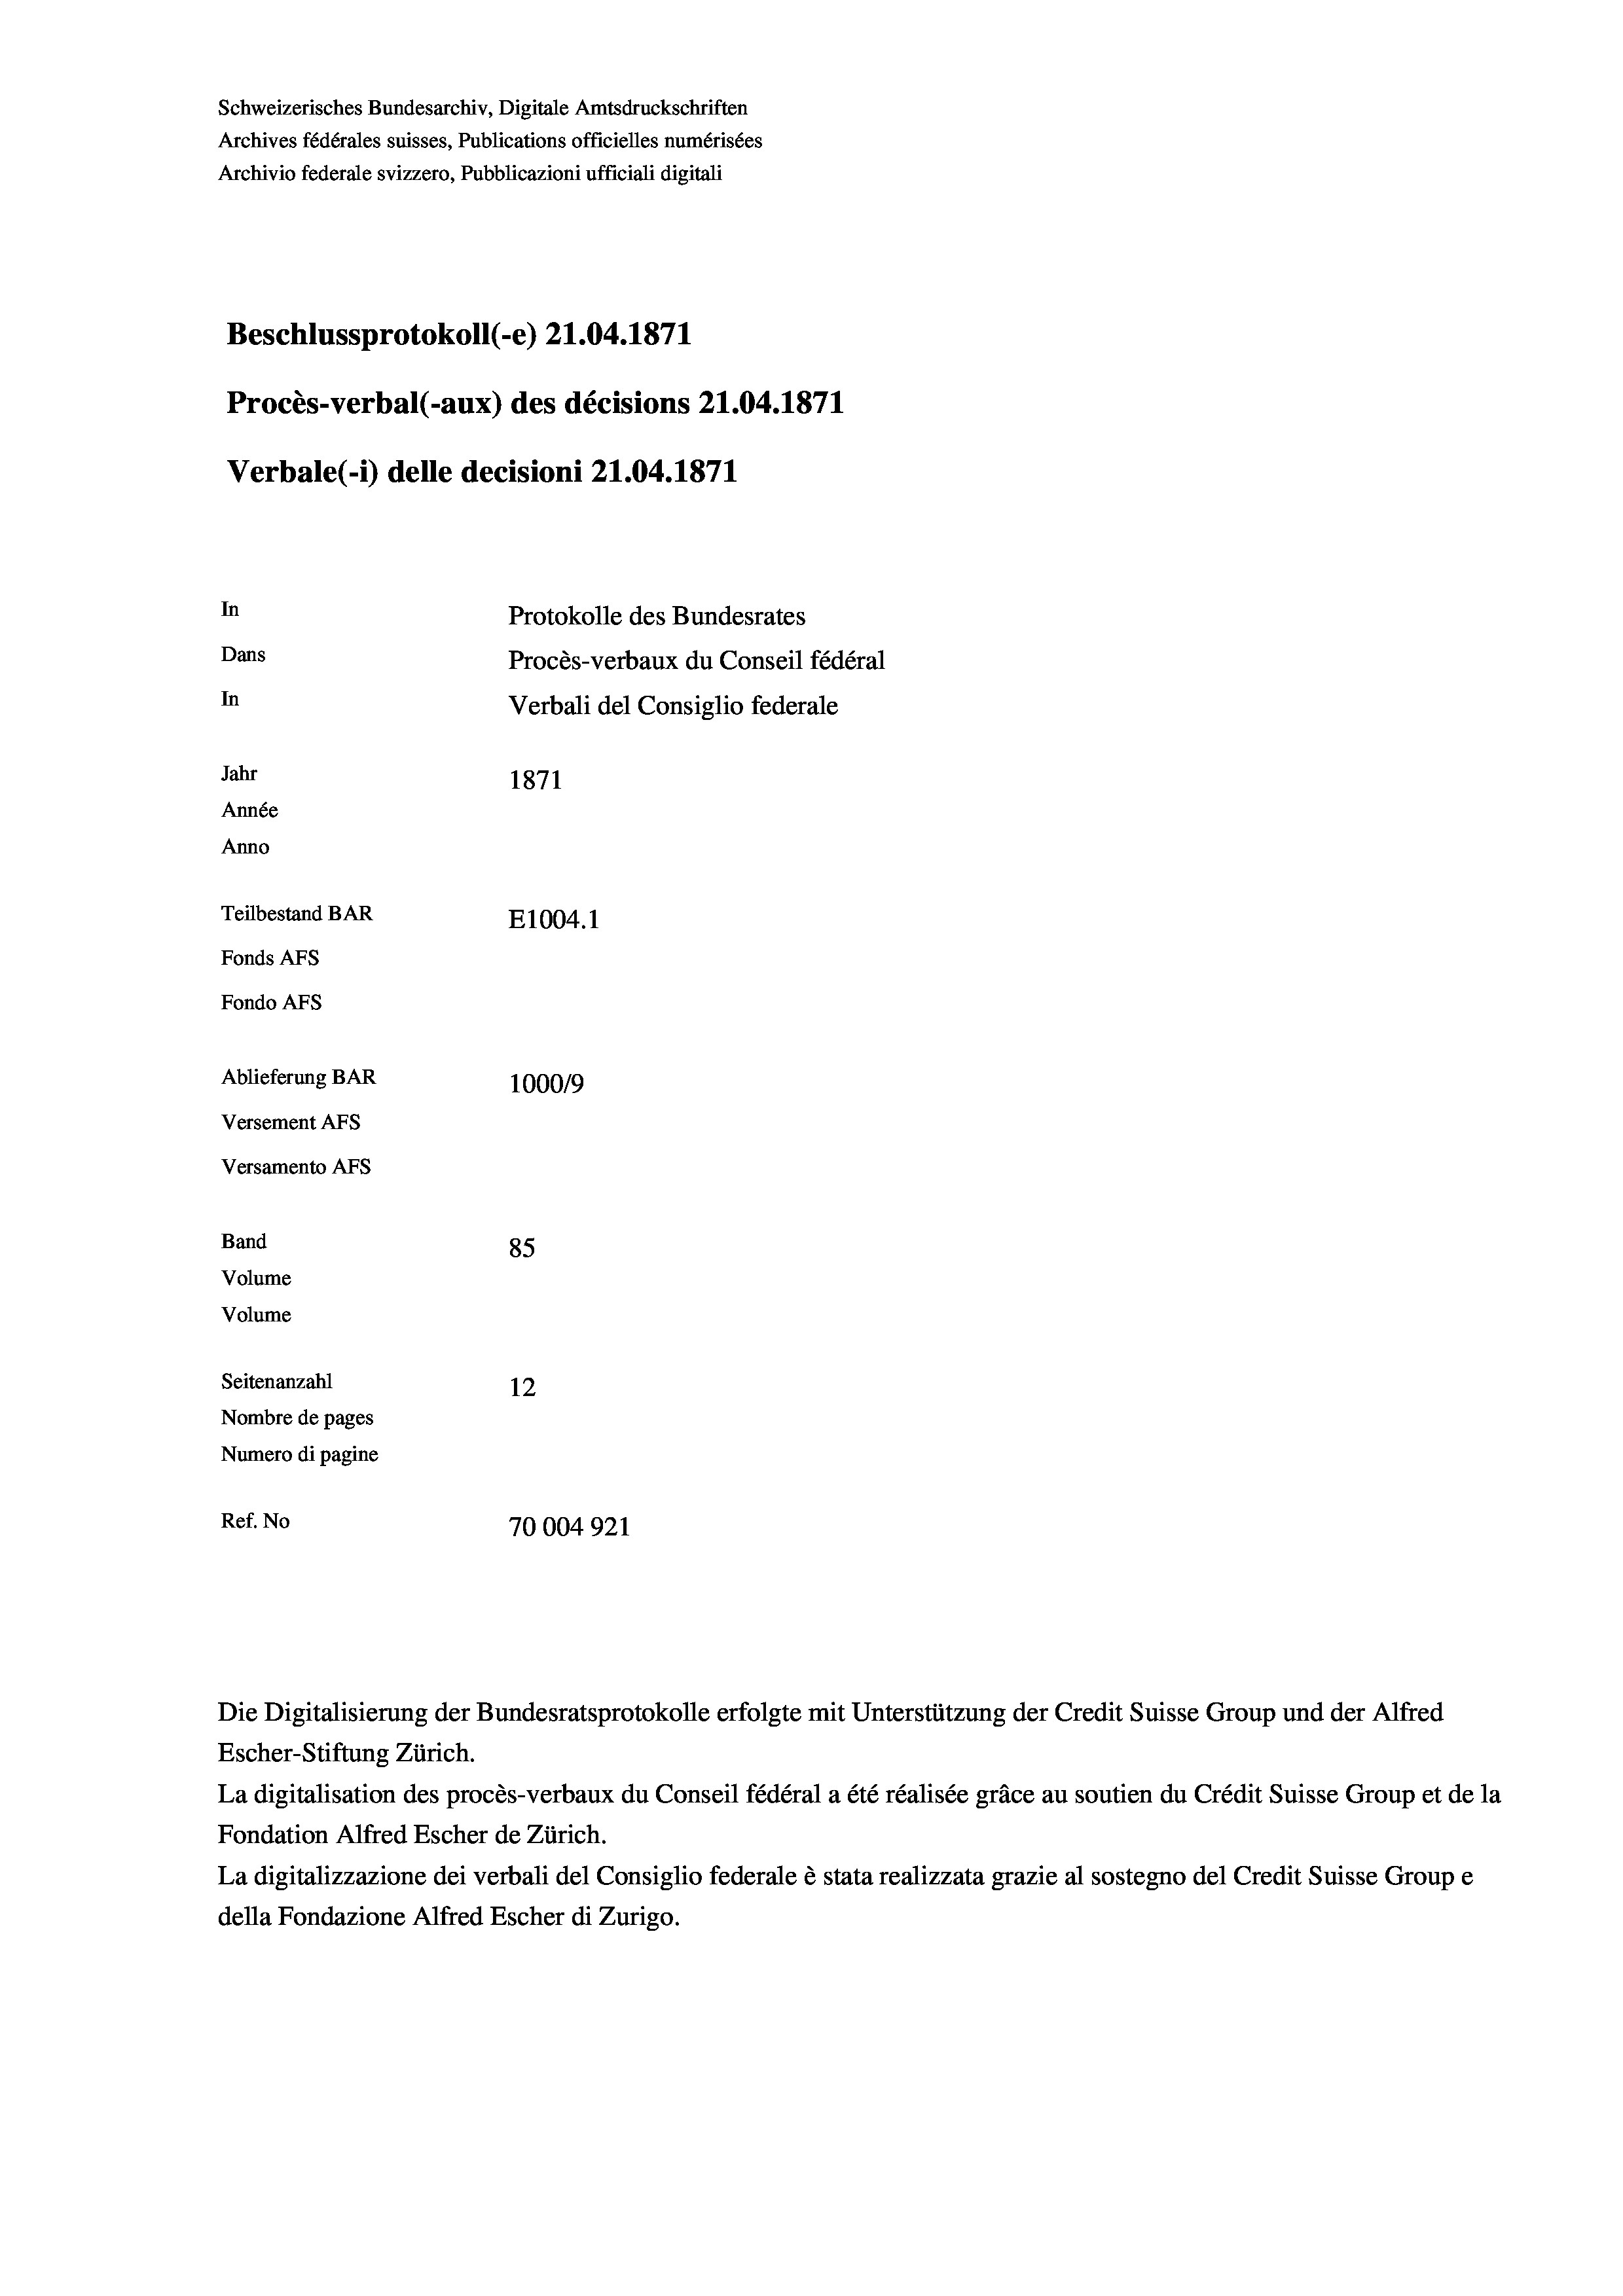
Schweizerisches Bundesarchiv, Digitale Amtsdruckschriften
Archives fédérales suisses, Publications officielles numérisées
Archivio federale svizzero, Pubblicazioni ufficiali digitali
Beschlussprotokoll (-e) 21.04. 1871
Procès-verbal (-aux) des décisions Z1.04. 1871
Verbale(-*) delle decisioni 21.04. 1871
In
Protokolle des Bundesrates
Dans
Procès-verbaux du Conseil fédéral
In
Verbali del Consiglio federale
Jahr
1871
Année
Anno
Teilbestand BAR
E1004.1
Fonds AFs
Fondo AFs
Ablieferung BAR
100019
Versement AFS
Versamento Afs
Band
85
Volume
Volume
Seitenanzahl
12
Nombre de pages
Numero di pagine
Ref. No
70004921

Die Digitalisierung der Bundesratsprotokolle erfolgte mit Unterstützung der Credit Suisse Group und der Alfred
Escher-Stiftung Zürich.

La digitalisation des procès-verbaux du Conseil fédéral a été réalisée gräce au soutien du Crédit Suisse Group et de la
Fondation Alfred Escher de Zürich.
La digitalizzazione dei verbali del Consiglio federale è stata realizzata grazie al sostegno del Credit Suisse Groupe
della Fondazione Alfred Escher di Zurigo.